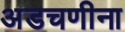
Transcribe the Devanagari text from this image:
अडचणीना